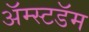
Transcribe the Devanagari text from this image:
अॅम्स्टडॅम